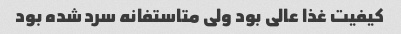
کیفیت غذا عالی بود ولی متاستفانه سرد شده بود